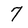
Character: 7